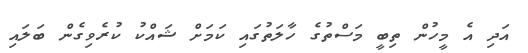
އަދި އެ މީހުން ތިބީ މަސްތުގެ ހާލަތުގައި ކަމަށް ޝައްކު ކުރެވިގެން ބަލައި